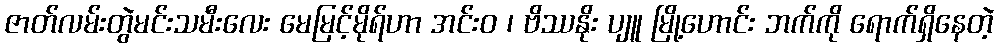
ဇာတ်လမ်းတွဲမင်းသမီးလေး မေမြင့်မိုရ်ဟာ အင်းဝ ၊ ဗိဿနိုး ပျူ မြို့ဟောင်း ဘက်ကို ရောက်ရှိနေတဲ့